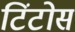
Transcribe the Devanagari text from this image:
टिंटोस